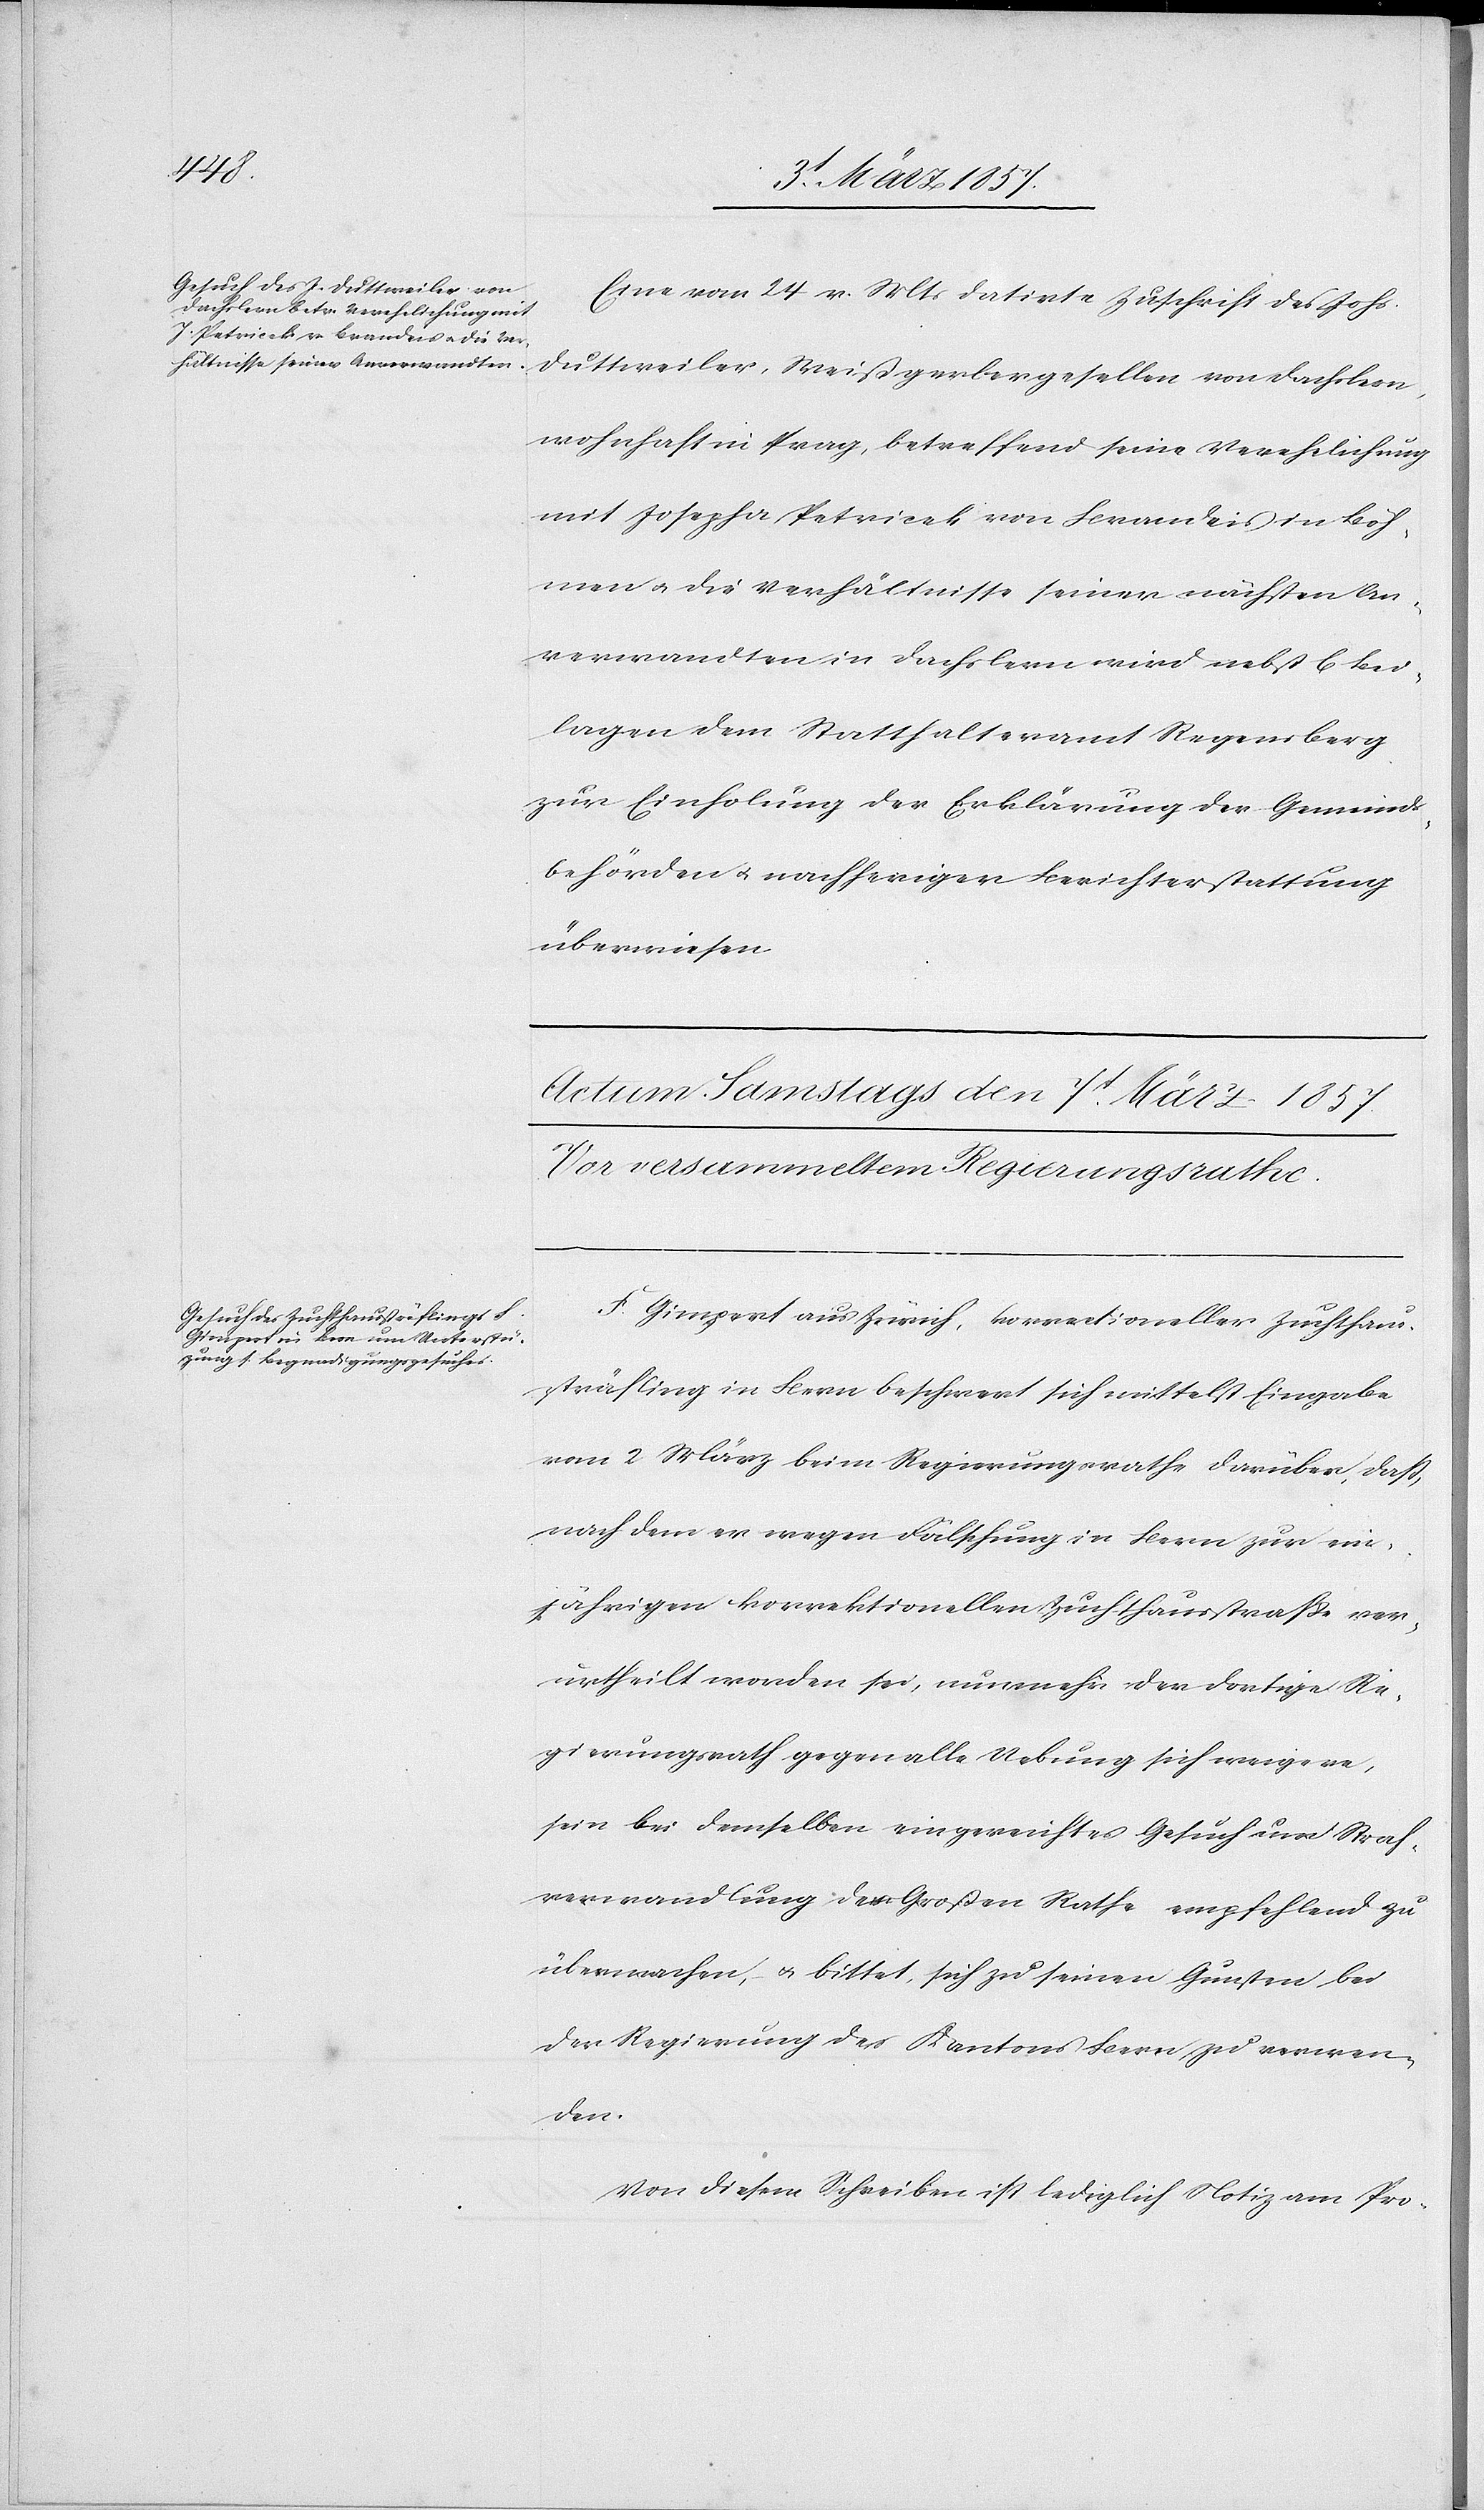
Eine vom 24 v. Mts datirte Zuschrift des Johs.
Duttweiler, Weißgerbergesellen von Dachslern,
wohnhaft in Prag, betreffend seine Verehelichung
mit Josepha Petricek von Brandeis in Böh¬
men u. die Verhältnisse seiner nächsten An¬
verwandten in Dachslern wird nebst 6 Bei¬
lagen dem Statthalteramt Regensberg
zur Einholung der Erklärung der Gemeinds¬
behörden u. nachheriger Berichterstattung
überwiesen.
F. Gimpert aus Zürich, korrectioneller Zuchthaus¬
sträfling in Bern beschwert sich mittelst Eingabe
vom 2 März beim Regierungsrathe darüber, daß,
nachdem er wegen Fälschung in Bern zur ein¬
jährigen korrektionellen Zuchthausstraffe ver¬
urtheilt worden sei, nunmehr der dortige Re¬
gierungsrath gegen alle Uebung sich weigere,
sein bei demselben eingereichtes Gesuch um Straf¬
verwandlung dem Großen Rathe empfehlend zu
übermachen, u. bittet, sich zu seinen Gunsten bei
der Regierung des Kantons Bern zu verwen¬
den.
Von diesem Schreiben ist lediglich Notiz am Pro-